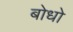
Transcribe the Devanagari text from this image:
बोधो